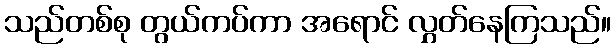
သည်တစ်စု တွယ်ကပ်ကာ အရောင် လွှတ်နေကြသည်။